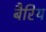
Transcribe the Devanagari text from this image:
बैरिय